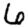
Digit: 6